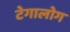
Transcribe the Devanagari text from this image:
टेगालोग